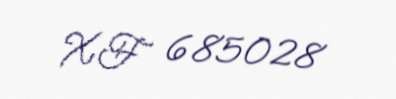
XF 685028